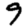
Digit: 9